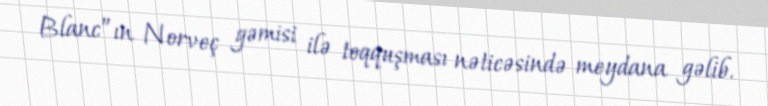
Blanc”ın Norveç gəmisi ilə toqquşması nəticəsində meydana gəlib.